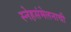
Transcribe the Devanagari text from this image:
स्नेहसंमेलनाची